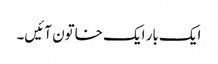
ایک بار ایک خاتون آئیں‌۔